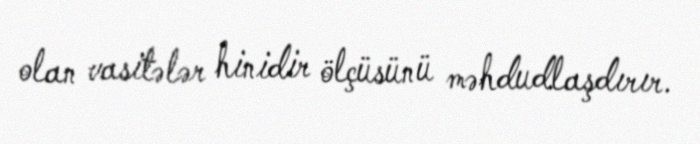
olan vasitələr hinidir ölçüsünü məhdudlaşdırır.